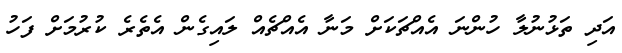
އަދި ތަޅުނުލާ ހުންނަ އެއްޗަކަށް މަނާ އެއްޗެއް ލައިގެން އެތެރެ ކުރުމަށް ފަހު